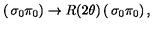
\left( \begin{matrix} { \sigma _ { 0 } } \\ { \pi _ { 0 } } \\ \end{matrix} \right) \rightarrow R ( 2 \theta ) \left( \begin{matrix} { \sigma _ { 0 } } \\ { \pi _ { 0 } } \\ \end{matrix} \right) ,